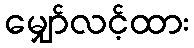
မျှော်လင့်ထား